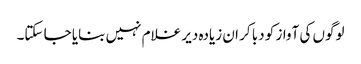
لوگوں کی آواز کو دبا کر ان زیادہ دیر غلام نہیں بنایا جا سکتا۔